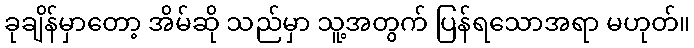
ခုချိန်မှာတော့ အိမ်ဆို သည်မှာ သူ့အတွက် ပြန်ရသောအရာ မဟုတ်။